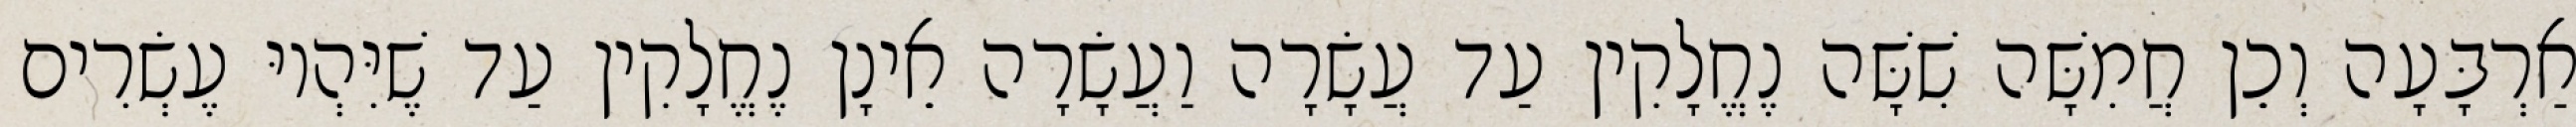
אַרְבָּעָה וְכֵן חֲמִשָּׁה שִׁשָּׁה נֶחֱלָקִין עַד עֲשָׂרָה וַעֲשָׂרָה אֵינָן נֶחֱלָקִין עַד שֶׁיִּהְיוּ עֶשְׂרִים